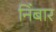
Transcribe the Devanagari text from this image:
निंबार